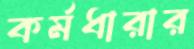
কর্মধারার